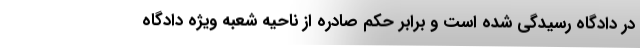
در دادگاه رسیدگی شده است و برابر حکم صادره از ناحیه شعبه ویژه دادگاه